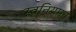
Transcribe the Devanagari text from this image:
स्वनियमन